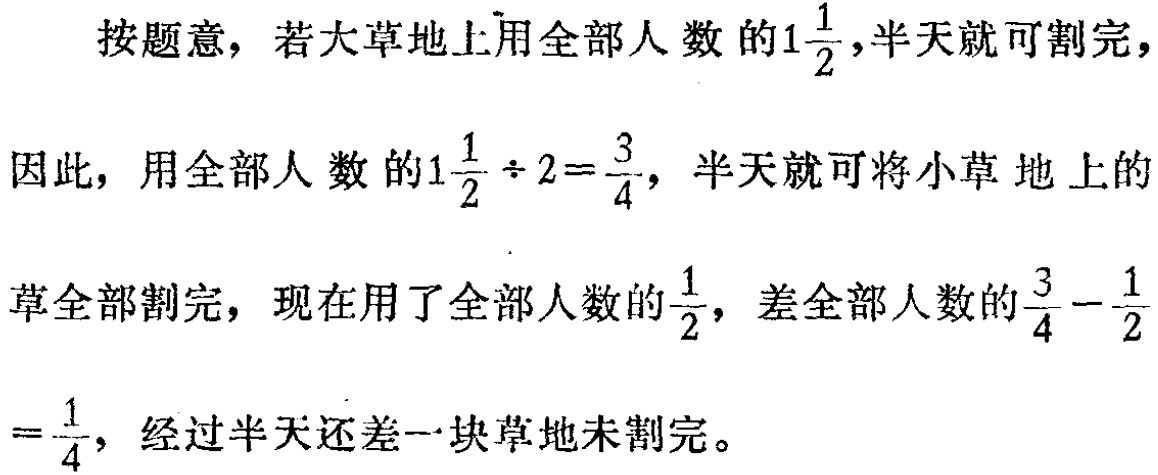
按题意，若大草地上用全部人数的\(1\frac{1}{2}\)，半天就可割完，

因此，用全部人数的\(1\frac{1}{2} \div 2 = \frac{3}{4}\)，半天就可将小草地上的

草全部割完，现在用了全部人数的\(\frac{1}{2}\)，差全部人数的\(\frac{3}{4} - \frac{1}{2}\)

\(= \frac{1}{4}\)，经过半天还差一块草地未割完。